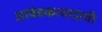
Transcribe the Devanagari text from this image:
आंबेडकरवादाची